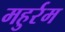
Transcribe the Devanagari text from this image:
महुर्रम